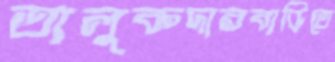
তালুকদারবাড়িতে